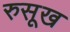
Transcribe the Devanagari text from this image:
रुसूख